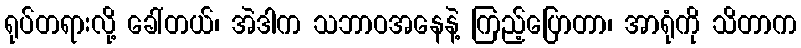
ရုပ်တရားလို့ ခေါ်တယ်၊ အဲဒါက သဘာဝအနေနဲ့ ကြည့်ပြောတာ၊ အာရုံကို သိတာက